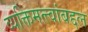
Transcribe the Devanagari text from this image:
व्यक्तिमत्त्वांबद्दल